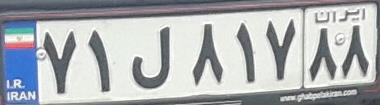
۷۱ل۸۱۷۸۸